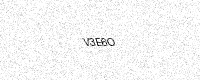
Text: V3E6O